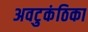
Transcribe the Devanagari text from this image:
अवटुकंठिका